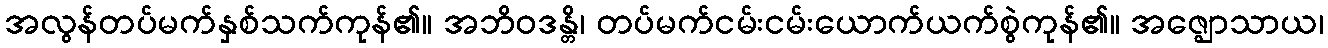
အလွန်တပ်မက်နှစ်သက်ကုန်၏။ အဘိဝဒန္တိ၊ တပ်မက်ငမ်းငမ်းယောက်ယက်စွဲကုန်၏။ အဇ္ဈောသာယ၊